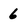
Character: 6